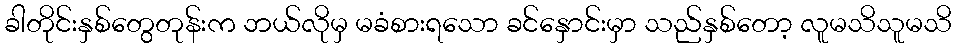
ခါတိုင်းနှစ်တွေတုန်းက ဘယ်လိုမှ မခံစားရသော ခင်နှောင်းမှာ သည်နှစ်တော့ လူမသိသူမသိ